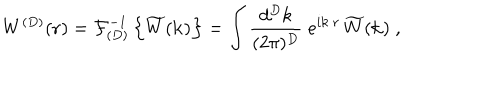
W ^ { ( { D } ) } ( { \bf r } ) = { \mathcal F } _ { ( { D } ) } ^ { - 1 } \left\{ \widetilde { W } ( { \bf k } ) \right\} = \int \frac { d ^ { { D } } k } { ( 2 \pi ) ^ { { D } } } \; e ^ { i { \bf k } \cdot { \bf r } } \, \widetilde { W } ( { \bf k } ) \; ,